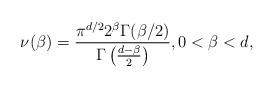
LaTeX: \begin{align*}\nu (\beta)=\frac{\pi^{d/2}2^{\beta }\Gamma (\beta/2)}{\Gamma\left(\frac{d-\beta}{2}\right)},0<\beta <d,\end{align*}